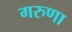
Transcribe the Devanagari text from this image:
गरुणा